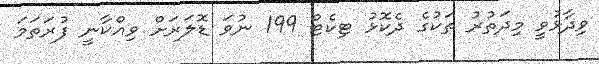
ވިދާޅުވީ މިދަތުރު ތަކުގެ ދެކޮޅު ޓިކެޓް 199 ނުވަ ޑޮލަރަށް ވިއްކާނީ ފުރަތަމަ